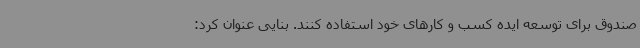
صندوق برای توسعه ایده کسب و کارهای خود استفاده کنند. بنایی عنوان کرد: